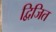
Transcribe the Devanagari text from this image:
द्विजित